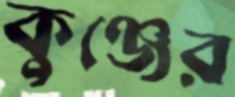
কুঞ্জের